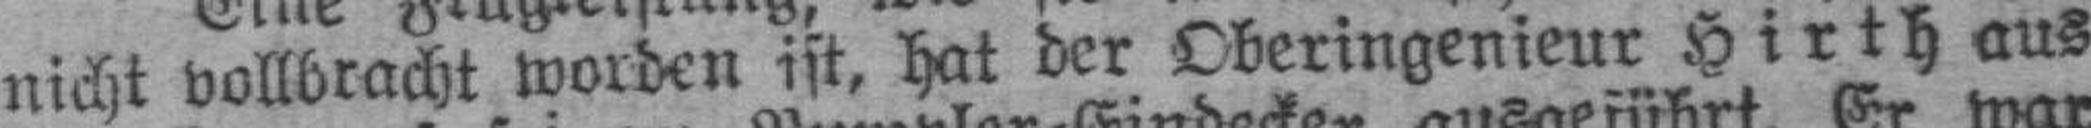
nicht vollbracht worden ist, hat der Oberingenieur Hirth aus